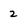
Character: 2